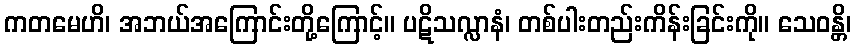
ကတမေဟိ၊ အဘယ်အကြောင်းတို့ကြောင့်။ ပဋိသလ္လာနံ၊ တစ်ပါးတည်းကိန်းခြင်းကို။ သေဝန္တိ၊